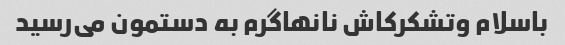
باسلام وتشکرکاش نانهاگرم به دستمون می‌رسید